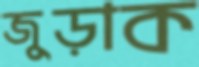
জুড়াক